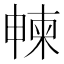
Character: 朄